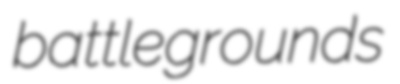
battlegrounds